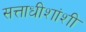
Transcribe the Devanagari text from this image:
सत्ताधीशांशी